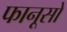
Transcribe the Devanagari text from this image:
फानूसो